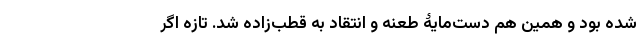
شده بود و همین هم دست‌مایۀ طعنه و انتقاد به قطب‌زاده شد. تازه اگر